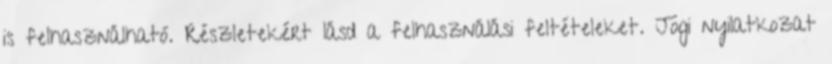
is felhasználható. Részletekért lásd a felhasználási feltételeket. Jogi nyilatkozat